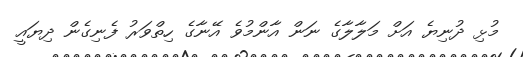
މުޅި ދުނިޔެ އަށް މަލާލާގެ ނަން އާންމުވެ އޭނާގެ ހިތްވަރު ފެނިގެން ދިޔައީ